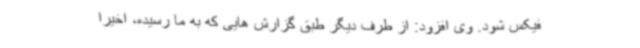
فیکس شود. وی افزود: از طرف دیگر طبق گزارش هایی که به ما رسیده، اخیراً